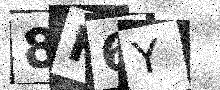
Text: 8P6Y